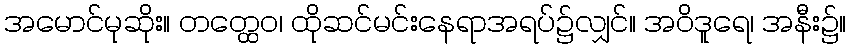
အမောင်မုဆိုး။ တတ္ထေဝ၊ ထိုဆင်မင်းနေရာအရပ်၌လျှင်။ အဝိဒူရေ၊ အနီး၌။